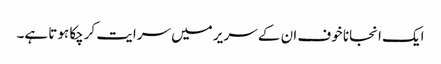
ایک انجانا خوف ان کے سر یر میں سرایت کرچکا ہوتا ہے۔